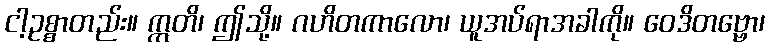
ငါ့ဥစ္စာတည်း။ ဣတိ၊ ဤသို့။ ဂဟိတကာလော၊ ယူအပ်ရာအခါကို။ ဝေဒိတဗ္ဗော၊